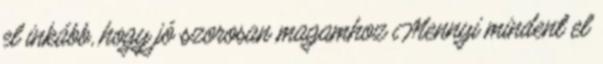
el inkább, hogy jó szorosan magamhoz Mennyi mindent el